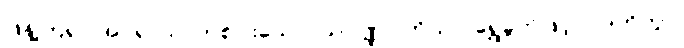
ဖြန့်ကြဲ၍။ အပရာယ၊ တစ်ပါးသော။ သုဝဏ္ဏပါတိယာ၊ ရွှေခွက်ဖြင့်။ ပိဒဟိတွာ၊